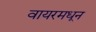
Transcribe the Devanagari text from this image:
वायरमधून